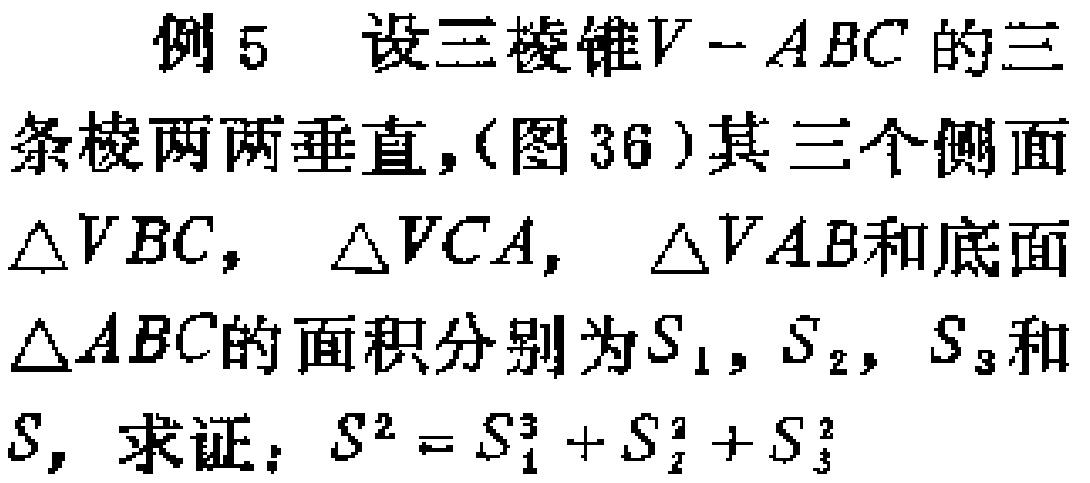
例 5 设三棱锥\(V - ABC\)的三条棱两两垂直，(图 36) 其三个侧面\(\triangle VBC\)，\(\triangle VCA\)，\(\triangle VAB\)和底面\(\triangle ABC\)的面积分别为\(S_{1}\)，\(S_{2}\)，\(S_{3}\)和\(S\)，求证：\(S^{2}=S_{1}^{2}+S_{2}^{2}+S_{3}^{2}\)